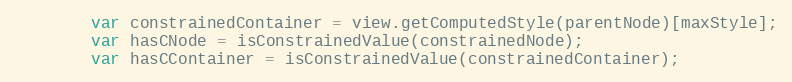
Language: JavaScript
		var constrainedContainer = view.getComputedStyle(parentNode)[maxStyle];
		var hasCNode = isConstrainedValue(constrainedNode);
		var hasCContainer = isConstrainedValue(constrainedContainer);